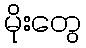
မိုးတွေ